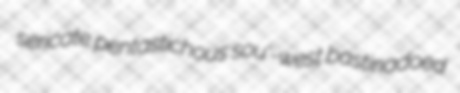
sericate pentastichous sou'-west bastinadoed